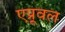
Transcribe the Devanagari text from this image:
एप्रूवल